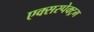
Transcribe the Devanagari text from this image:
एक्सस्पेक्ट्रम